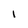
Character: l